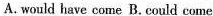
A. would have come B. Could come